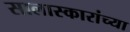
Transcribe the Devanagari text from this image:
सालास्कारांच्या